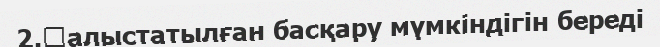
2.	алыстатылған басқару мүмкіндігін береді